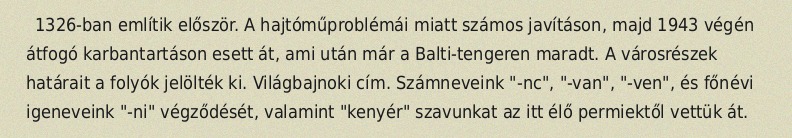
1326-ban említik először. A hajtóműproblémái miatt számos javításon, majd 1943 végén átfogó karbantartáson esett át, ami után már a Balti-tengeren maradt. A városrészek határait a folyók jelölték ki. Világbajnoki cím. Számneveink "-nc", "-van", "-ven", és főnévi igeneveink "-ni" végződését, valamint "kenyér" szavunkat az itt élő permiektől vettük át.